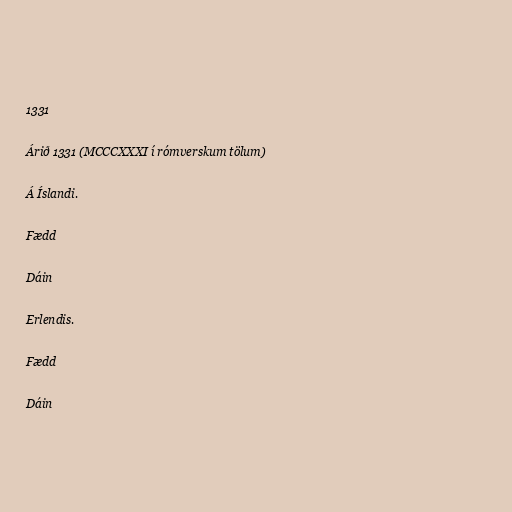
1331

Árið 1331 (MCCCXXXI í rómverskum tölum)

Á Íslandi.

Fædd

Dáin

Erlendis.

Fædd

Dáin